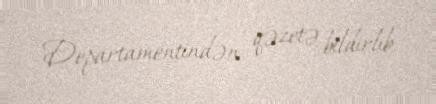
Departamentindən qəzetə bildirlib.